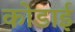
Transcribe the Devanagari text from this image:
कोडाई